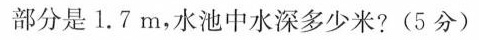
部分是1.7m，水池中水深多少米?(5分)